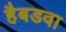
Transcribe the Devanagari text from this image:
हैबडवा